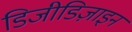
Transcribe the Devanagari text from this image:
डिजीडिज़ाइन